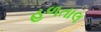
હળતાલ